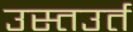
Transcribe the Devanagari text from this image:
उस्तउर्त